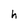
Character: h